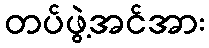
တပ်ဖွဲ့အင်အား